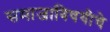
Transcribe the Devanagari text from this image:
समाजाविषयीचे